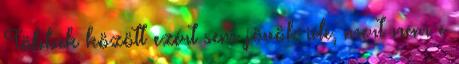
Többek között ezért sem jövök ide, mert nem e